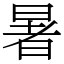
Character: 暑